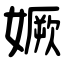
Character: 㜧